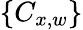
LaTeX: \{ C_{x,w}\}